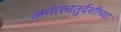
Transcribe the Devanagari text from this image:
अनंतचतुर्दशीच्या